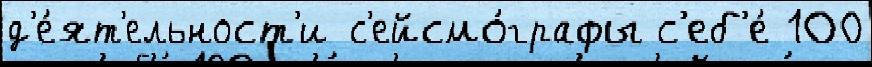
д'е́ят'ельност'и с'ейсмо́графы с'еб'е́ 100